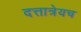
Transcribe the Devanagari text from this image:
दत्तात्रेयच